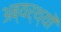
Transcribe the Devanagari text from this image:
अब्यर्थ्यों